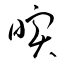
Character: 暝